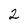
Character: 2